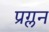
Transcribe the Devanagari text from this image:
प्रग्लन